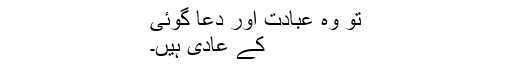
تو وہ عبادت اور دعا گوئی
کے عادی ہیں۔